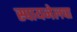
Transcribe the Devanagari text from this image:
स्पायनेलचा